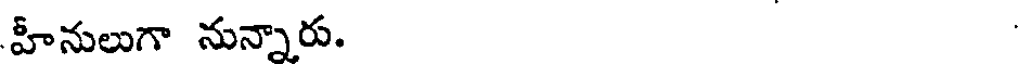
హీనులుగా నున్నారు.